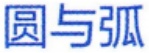
圆与弧